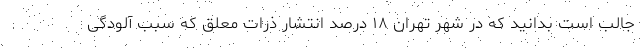
جالب است بدانید که در شهر تهران ۱۸ درصد انتشار ذرات معلق که سبب آلودگی